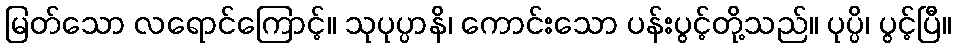
မြတ်သော လရောင်ကြောင့်။ သုပုပ္ပာနိ၊ ကောင်းသော ပန်းပွင့်တို့သည်။ ပုပ္ပိ၊ ပွင့်ပြီ။